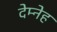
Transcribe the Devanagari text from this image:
देम्नेह